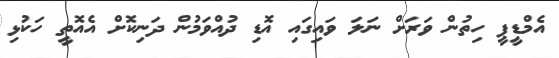
އެމްޑީޕީ ހިތުން ވަރަށް ނަލަ ވައިގައި އޮޑި ދުއްވަމުން ދަނިކޮށް އެއޮތީ ހަކުޅި